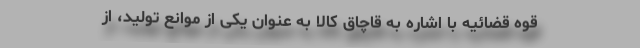
قوه قضائیه با اشاره به قاچاق کالا به عنوان یکی از موانع تولید، از